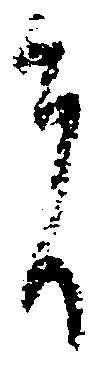
者